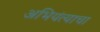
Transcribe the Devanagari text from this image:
अभियंत्याचा